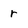
Character: r